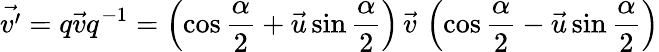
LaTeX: {\vec{v^{\prime}}}=q{\vec{v}}q^{-1}=\left(\cos{\frac{\alpha}{2}}+{\vec{u}}\sin{\frac{\alpha}{2}}\right)\, {\vec{v}}\, \left(\cos{\frac{\alpha}{2}}-{\vec{u}}\sin{\frac{\alpha}{2}}\right)